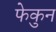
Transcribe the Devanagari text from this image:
फेकुन